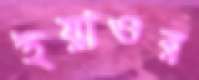
ইয়াওর